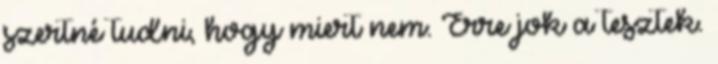
szertné tudni, hogy miert nem. Erre jok a tesztek.